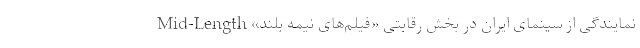
نمایندگی از سینمای ایران در بخش رقابتی «فیلم‌های نیمه بلند» Mid-Length